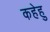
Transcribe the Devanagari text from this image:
कहेहु